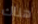
هناك